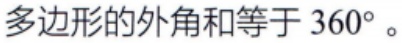
多边形的外角和等于 \(360^{\circ}\)。